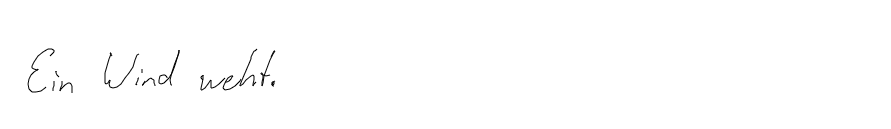
Ein Wind weht.